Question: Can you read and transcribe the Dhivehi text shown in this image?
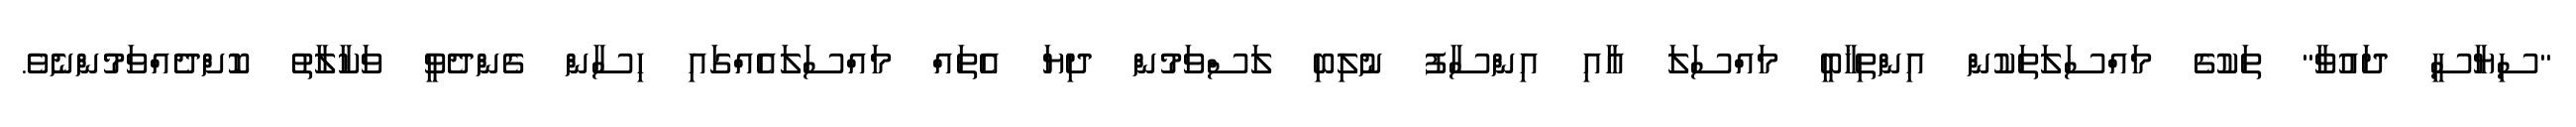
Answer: "ސިޔާސީ ދައުވާ" ތަކުގެ މައްސަލަތަކުން އިންތިޚާބީ މައްސަލަ އާއި އިންސާފު ނުލިބި ލަސްވަމުން ދިޔަ އެތައް މައްސަލައެއްގައި ހިސާން ގެންދެވީ ވަކާލާތު ކޮށްދެއްވަމުންނެވެ.